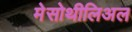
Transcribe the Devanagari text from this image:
मेसोथीलिअल